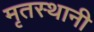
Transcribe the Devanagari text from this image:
मृतस्थानी